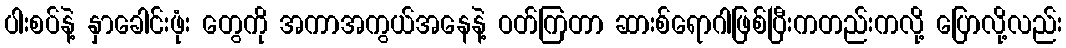
ပါးစပ်နဲ့ နှာခေါင်းဖုံး တွေကို အကာအကွယ်အနေနဲ့ ဝတ်ကြတာ ဆားစ်ရောဂါဖြစ်ပြီးကတည်းကလို့ ပြောလို့လည်း